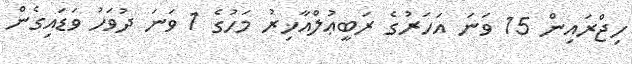
ހިޖްރައިން 15 ވަނަ އަހަރުގެ ރަބީޢުލްއާޚިރު މަހުގެ 1 ވަނަ ދުވަހު ވަޑައިގެން